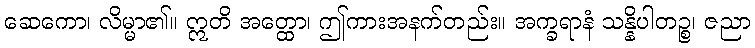
ဆေကော၊ လိမ္မာ၏။ ဣတိ အတ္ထော၊ ဤကားအနက်တည်း။ အက္ခရာနံ သန္နိပါတဉ္စ၊ ဇညာ